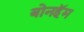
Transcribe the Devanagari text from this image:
बोनहॅम